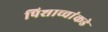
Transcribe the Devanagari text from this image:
पिशाच्चांकडे